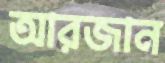
আরজান